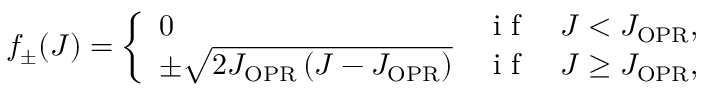
f _ { \pm } ( J ) = \left\{ \begin{array} { l l } { 0 } & { \mathrm { ~ i ~ f ~ } \quad J < J _ { \mathrm { O P R } } , } \\ { \pm \sqrt { 2 J _ { \mathrm { O P R } } \left( J - J _ { \mathrm { O P \mathrm { R } } } \right) } } & { \mathrm { ~ i ~ f ~ } \quad J \geq J _ { \mathrm { O P R } } , } \end{array} \right.